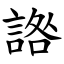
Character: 䛮